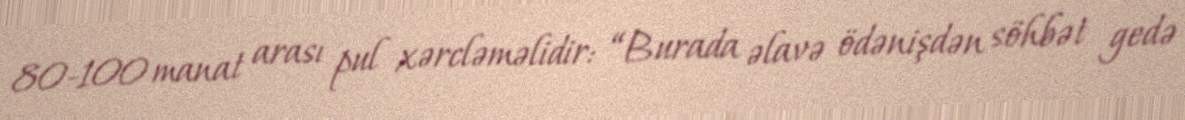
80-100 manat arası pul xərcləməlidir: “Burada əlavə ödənişdən söhbət gedə